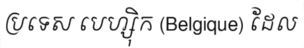
ប្រទេស បេហ្ស៊ិក (Belgique) ដែល